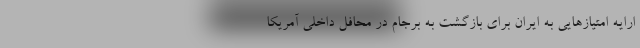
ارایه امتیازهایی به ایران برای بازگشت به برجام در محافل داخلی آمریکا